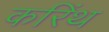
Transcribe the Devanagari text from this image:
करिंथ